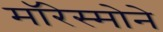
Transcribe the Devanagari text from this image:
मॉरेस्मोने